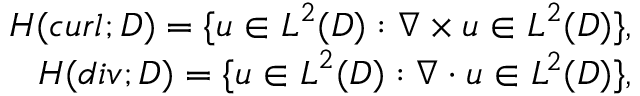
\begin{array} { r l r } & { } & { \boldsymbol { H } ( \boldsymbol { c u r l } ; D ) = \{ \boldsymbol { u } \in \boldsymbol { L } ^ { 2 } ( D ) : \nabla \times \boldsymbol { u } \in \boldsymbol { L } ^ { 2 } ( D ) \} , } \\ & { } & { \boldsymbol { H } ( d i v ; D ) = \{ \boldsymbol { u } \in \boldsymbol { L } ^ { 2 } ( D ) : \nabla \cdot \boldsymbol { u } \in L ^ { 2 } ( D ) \} , } \end{array}